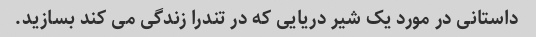
داستانی در مورد یک شیر دریایی که در تندرا زندگی می کند بسازید.